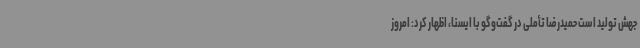
جهش تولید است حمیدرضا تأملی در گفت‌وگو با ایسنا، اظهار کرد: امروز